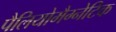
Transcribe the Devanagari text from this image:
पैलियोमैग्नेटिक